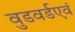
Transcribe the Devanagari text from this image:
वुडवर्डएवं